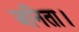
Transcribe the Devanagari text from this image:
जनिता।